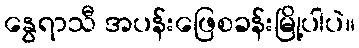
နွေရာသီ အပန်းဖြေစခန်းမြို့ပါပဲ။